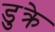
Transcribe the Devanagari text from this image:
डुक्रे